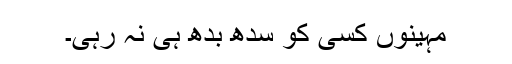
مہینوں کسی کو سدھ بدھ ہی نہ رہی۔